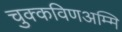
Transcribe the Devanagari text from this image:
चुक्कविणअम्मि